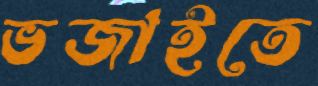
ভজাইতে